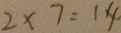
2 \times 7 = 1 4